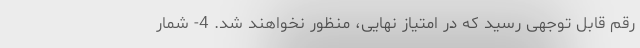
رقم قابل توجهی رسید که در امتیاز نهایی، منظور نخواهند شد. 4- شمار